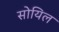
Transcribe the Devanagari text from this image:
सोयिल